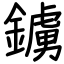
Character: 鐪